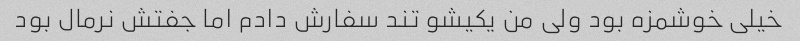
خیلی خوشمزه بود ولی من یکیشو تند سفارش دادم اما جفتش نرمال بود